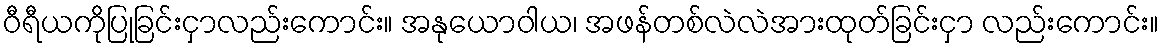
ဝီရီယကိုပြုခြင်းငှာလည်းကောင်း။ အနုယောဝါယ၊ အဖန်တစ်လဲလဲအားထုတ်ခြင်းငှာ လည်းကောင်း။